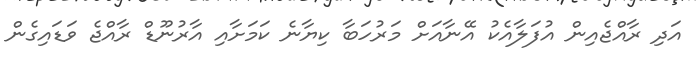
އަދި ރާއްޖެއިން އުފަލާއެކު އޭނާއަށް މަރުހަބާ ކިޔާނެ ކަމަށާއި އާރުނޫޑް ރާއްޖެ ވަޑައިގެން